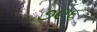
૭૯૬